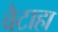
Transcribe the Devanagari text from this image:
वैटाहा